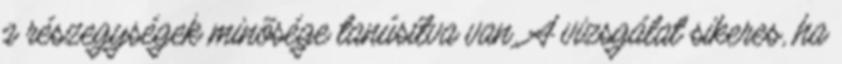
a részegységek minõsége tanúsítva van. A vizsgálat sikeres, ha